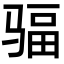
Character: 𩧿